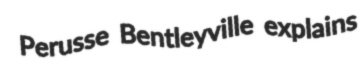
Perusse Bentleyville explains